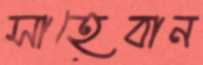
সাহেবান